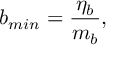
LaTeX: b _ { m i n } = \frac { \eta _ { b } } { m _ { b } } ,